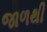
જાળથી